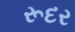
રૂદર